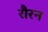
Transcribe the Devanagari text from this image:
रौरन